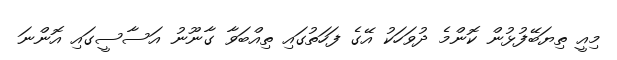
މިއީ ތިޔަބޭފުޅުން ކޮންމެ ދުވަހަކު އޭގެ ފަހަތުގައި ތިއްބަވާ ގާނޫނު އަސާސީގައި އޮންނަ